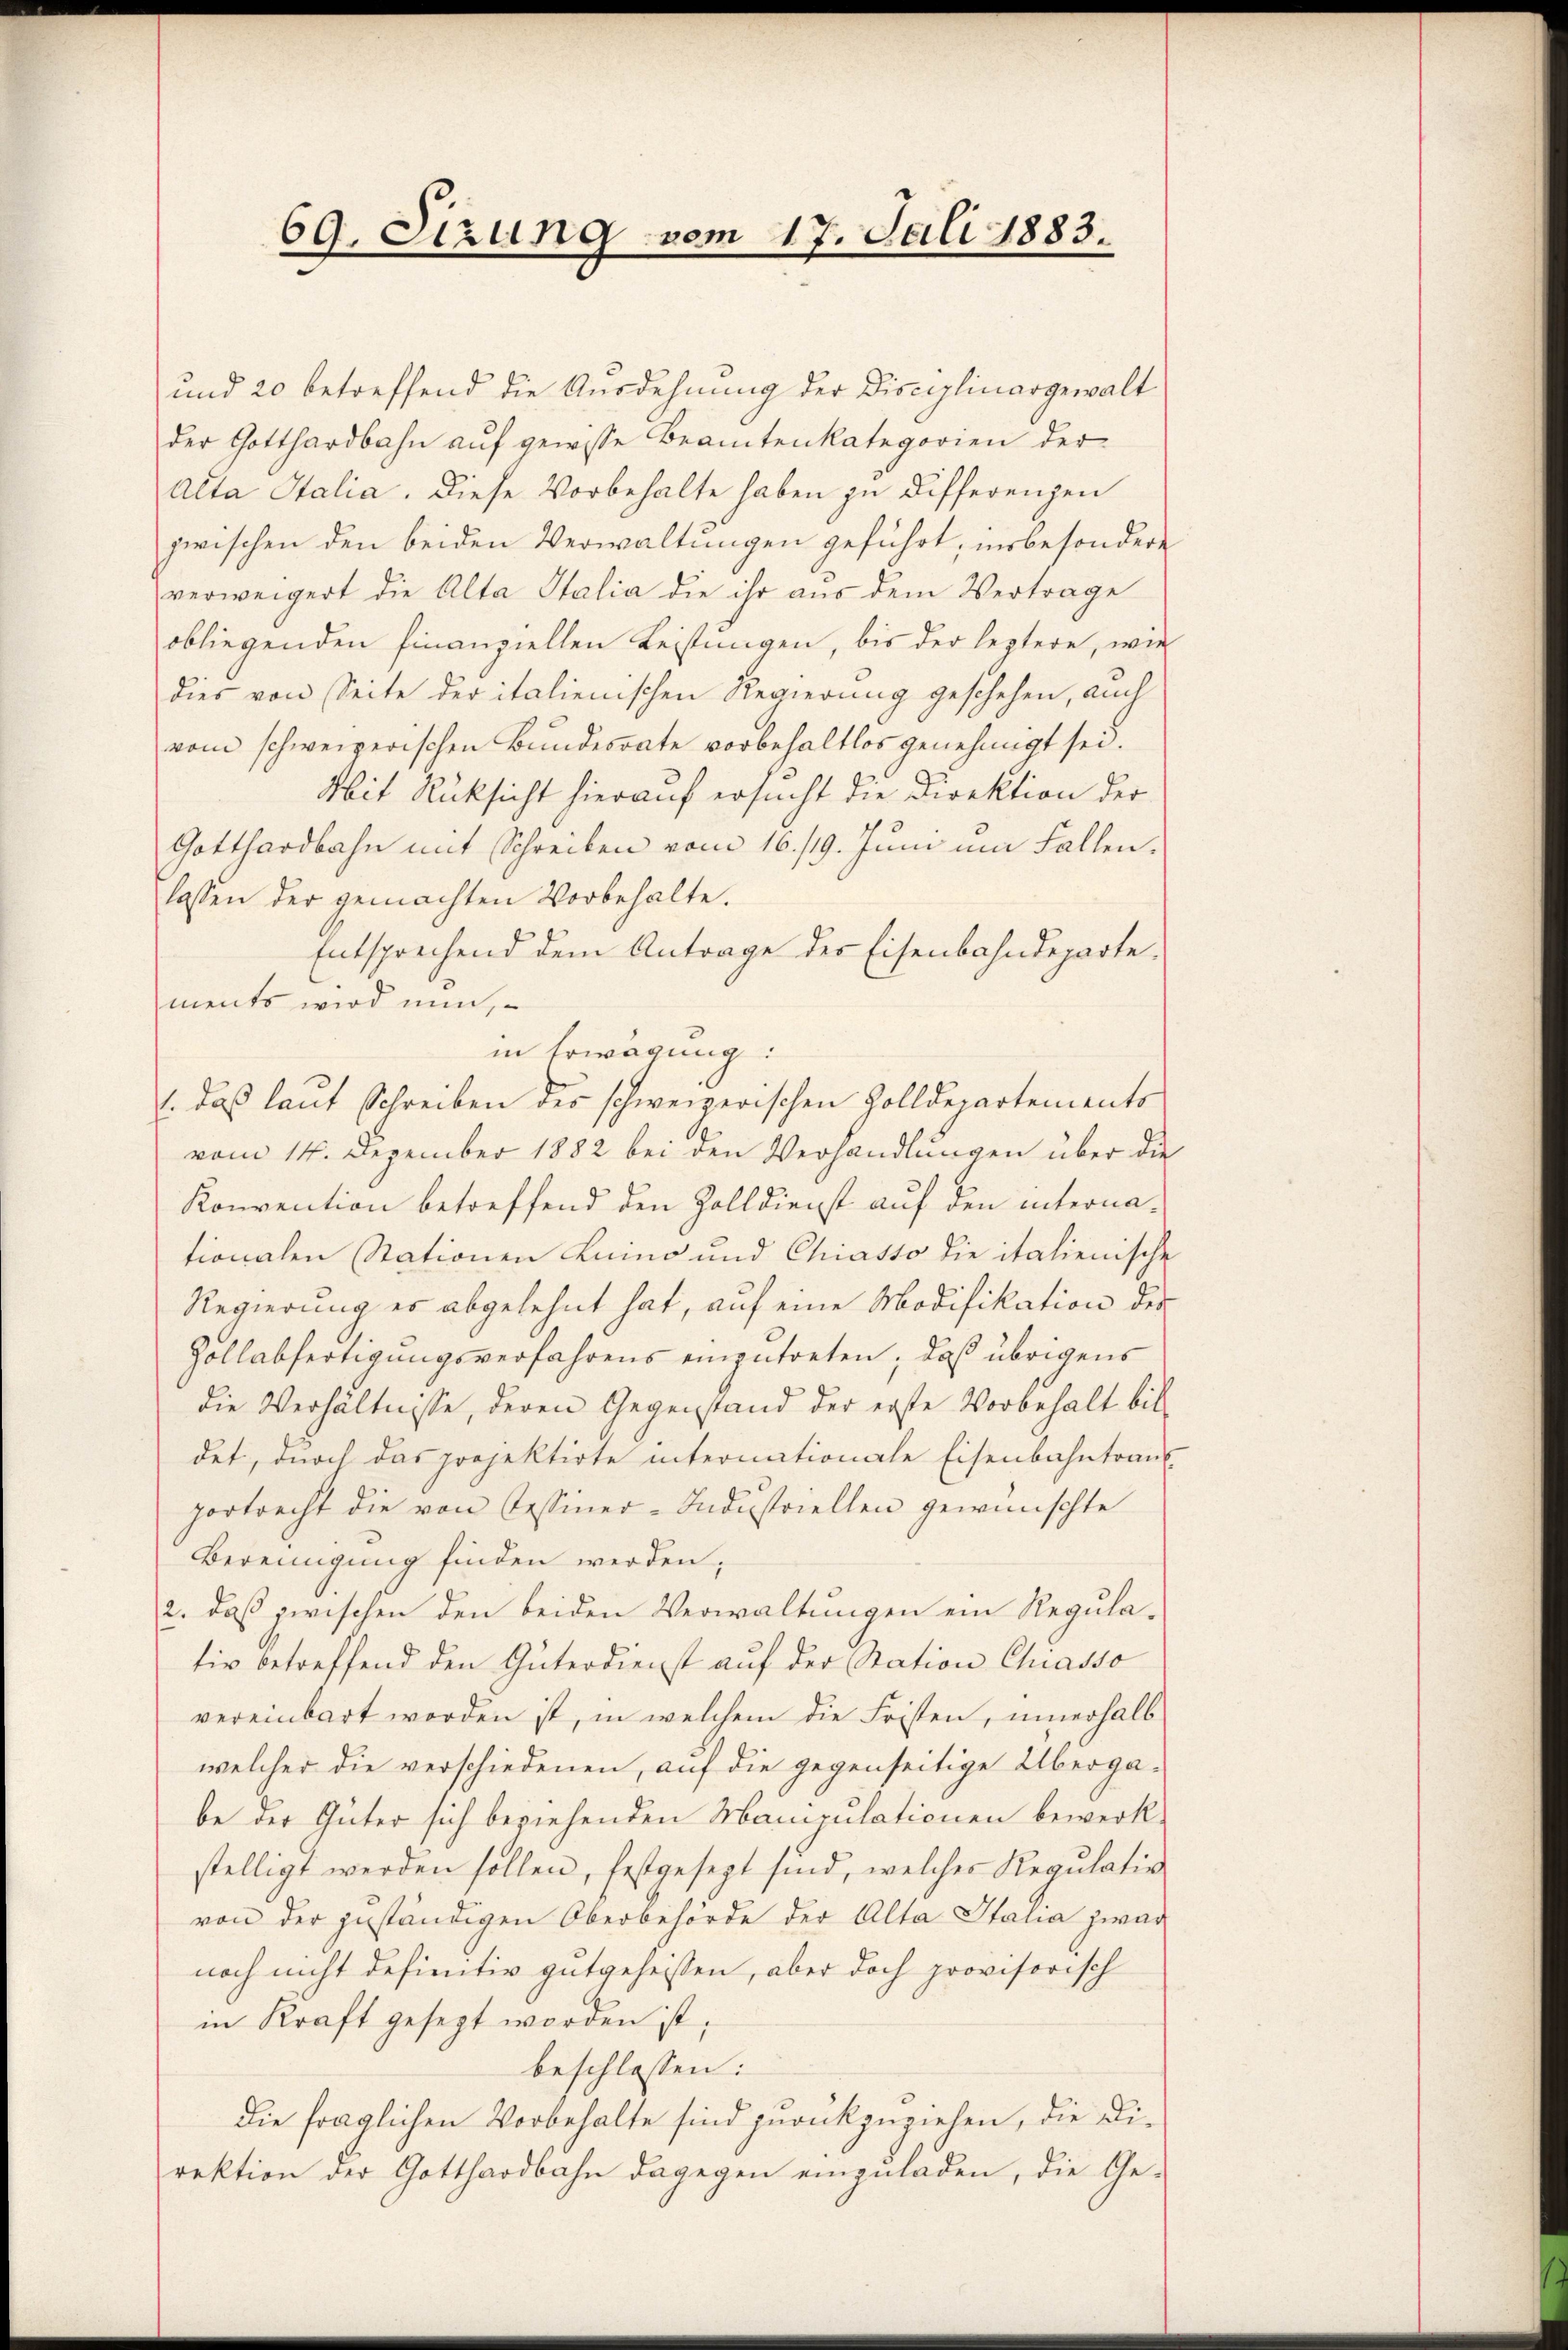
69. Sizung vom 17. Juli 1883.

und 20 betreffend die Ausdehnung der Disciplinargewalt
der Gotthardbahn auf gewisse Beamtenkategorien der
Alta Italia. Diese Vorbehalte haben zu Differenzen
zwischen den beiden Verwaltungen geführt, insbesondere
verweigert die Alta Italia die ihr aus dem Vertrage
obliegenden finanziellen Leistungen, bis der leztere, wie
dies von Seite der italienischen Regierung geschehen, auch
vom schweizerischen Bundesrate vorbehaltlos genehmigt sei.
Mit Rüksicht hierauf ersucht die Direktion der
Gotthardbahn mit Schreiben vom 16./19. Juni um Fallen.
lassen der gemachten Vorbehalte.
Entsprechend dem Antrage des Eisenbahndepartements wird nun,
in Erwägung:
1 daß laut Schreiben der schweizerischen Zolldepartements
vom 14. Dezember 1882 bei den Verhandlungen über die
Konvention betreffend den Zolldienst auf den internationalen Stationen Luino und Chiasso die italienische
Regierung es abgelehnt hat, auf eine Modifikation des
Zollabfertigungsverfahrens einzutreten; daß übrigens
die Verhältnisse, deren Gegenstand der erste Vorbehalt bil-
det, durch das projektirte internationale Eisenbahntraub
portrecht die von Tessiner-Industriellen gewünschte
Bereinigung finden werden;
2. daß zwischen den beiden Verwaltungen ein Regulativ betreffend den Güterdienst auf der Station Chiasso
vereinbart worden ist, in welchem die Fristen, innerhalb
welcher die verschiedenen, auf die gegenseitige Überga-
be der Güter sich beziehenden Maniculationen bewerkstelligt werden sollen, festgesezt sind, welches Regulativ
von der zuständigen Oberbehörde der Alta Italia zwar
noch nicht definitiv gutgeheissen, aber doch provisorisch
in Kraft gesezt worden ist;
beschlossen:
die fraglichen Vorbehalte sind zurückzuziehen, die Direktion der Gotthardbahn dagegen einzuladen, die Ge¬